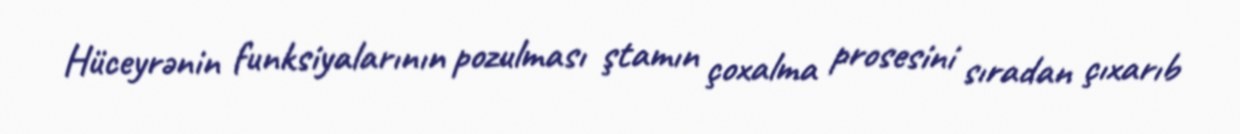
Hüceyrənin funksiyalarının pozulması ştamın çoxalma prosesini sıradan çıxarıb